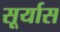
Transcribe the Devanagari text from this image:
सूर्यास